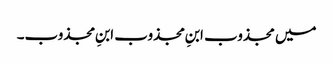
میں مجذوب ابنِ مجذوب ابنِ مجذوب۔